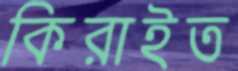
কিরাইত